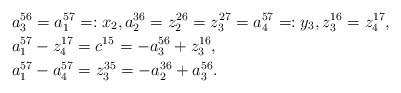
LaTeX: \begin{align*}&a_3^{56}=a_1^{57}=:x_2,a_2^{36}=z_2^{26}=z_3^{27}=a_4^{57}=:y_3,z_3^{16}=z_4^{17}, \\&a_1^{57}-z_4^{17}=c^{15}=-a_3^{56}+z_3^{16},\\&a_1^{57}-a_4^{57}=z_3^{35}=-a_2^{36}+a_3^{56}.\end{align*}